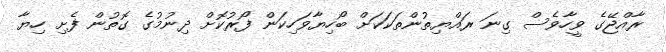
ރާއްޖޭގެ ވީހާވެސް ގިނަ ރައްޔިތުންތަކަކަށް ބޯހިޔާވަހިކަން ފޯރުކޮށް ދިނުމުގެ ގޮތުން ފެށި ހިޔާ